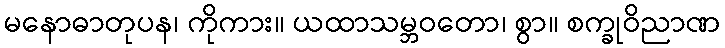
မနောဓာတုပန၊ ကိုကား။ ယထာသမ္ဘဝတော၊ စွာ။ စက္ခုဝိညာဏ